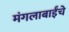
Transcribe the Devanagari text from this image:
मंगलाबाईंचे